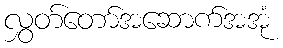
လွှတ်တော်အဆောက်အအုံ